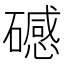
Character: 䃭